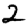
Digit: 2